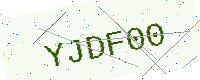
Text: YJDF00